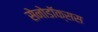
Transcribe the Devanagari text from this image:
सेनोडॉक्सस